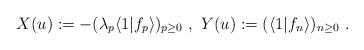
LaTeX: \begin{align*}X(u) := - (\lambda_p \langle 1 | f_p \rangle )_{p\ge 0}\ ,\ Y(u) := (\langle 1 | f_n \rangle)_{n\ge 0}\ .\end{align*}